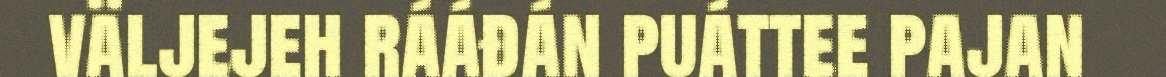
väljejeh rááđán puáttee pajan